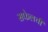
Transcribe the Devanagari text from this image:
सफेलची